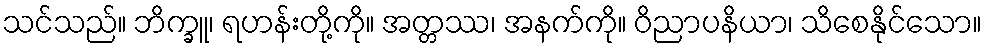
သင်သည်။ ဘိက္ခူ၊ ရဟန်းတို့ကို။ အတ္တဿ၊ အနက်ကို။ ဝိညာပနိယာ၊ သိစေနိုင်သော။